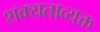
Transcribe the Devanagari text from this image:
शक्यताव्यक्त